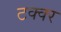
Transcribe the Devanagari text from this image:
टक्क्‍र